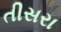
તીસરા